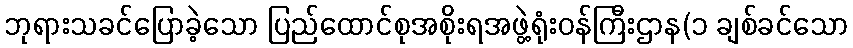
ဘုရားသခင်ပြောခဲ့သော ပြည်ထောင်စုအစိုးရအဖွဲ့ရုံးဝန်ကြီးဌာန(၁ ချစ်ခင်သော